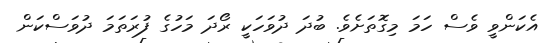
އެކަންވީ ވެސް ހަމަ މިގޮތަށެވެ. ބުދަ ދުވަހަކީ ރޯދަ މަހުގެ ފުރަތަމަ ދުވަސްކަން